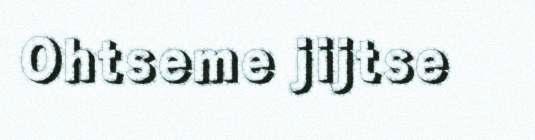
Ohtseme jijtse